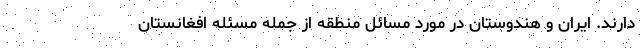
دارند. ایران و هندوستان در مورد مسائل منطقه از جمله مسئله افغانستان